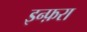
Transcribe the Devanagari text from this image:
इन्फ़रा